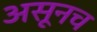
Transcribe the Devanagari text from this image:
असूनच